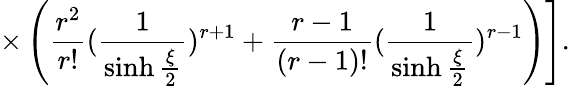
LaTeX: \left.\times\left(\frac{r^{2}}{r!}(\frac{1}{\sinh{\frac{\xi}{2}}})^{r+1}+\frac{r-1}{(r-1)!}(\frac{1}{\sinh{\frac{\xi}{2}}})^{r-1}\right)\right].